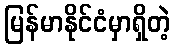
မြန်မာနိုင်ငံမှာရှိတဲ့